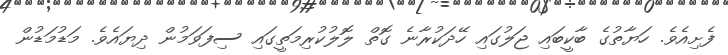
ފެށިއެވެ. ހަޔާތުގެ ބާކީބައި ޖަލުގައި ހޭދަކުރާނެ ގޮތް ލޮލުކުރިމަތީގައި ސިފަވަމުން ދިޔައެވެ. މަޑުމަޑުން